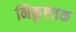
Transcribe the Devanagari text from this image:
निकृष्टतक